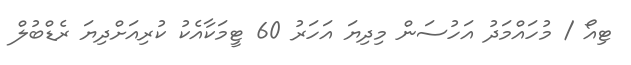
ޓިއޯ / މުހައްމަދު އަހުސަން މިދިޔަ އަހަރު 60 ޓީމަކާއެކު ކުރިއަށްދިޔަ ރެޑްބުލް